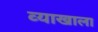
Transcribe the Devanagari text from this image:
व्‍याखाला